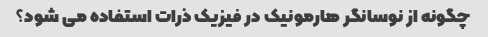
چگونه از نوسانگر هارمونیک در فیزیک ذرات استفاده می شود؟